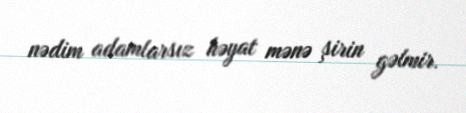
nədim adamlarsız həyat mənə şirin gəlmir.